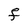
Character: F